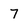
Character: 7